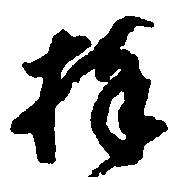
捧